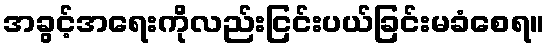
အခွင့်အရေးကိုလည်းငြင်းပယ်ခြင်းမခံစေရ။